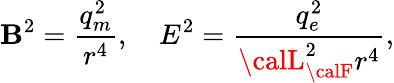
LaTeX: \mathbf{B}^{2}=\frac{{q_{m}^{2}}}{{r^{4}}},~~~~E^{2}=\frac{{q_{e}^{2}}}{{{\calL}_{\calF}^{2}r^{4}}},